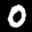
Label: 0